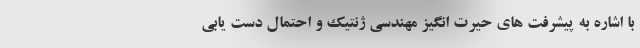
با اشاره به پیشرفت های حیرت انگیز مهندسی ژنتیک و احتمال دست یابی